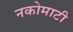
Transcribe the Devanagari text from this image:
नकोमाटी